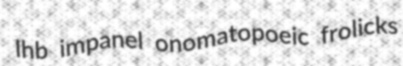
lhb impanel onomatopoeic frolicks